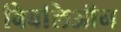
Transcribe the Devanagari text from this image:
बिबलिऑन